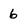
Character: 6